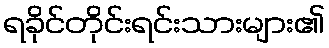
ရခိုင်တိုင်းရင်းသားများ၏